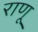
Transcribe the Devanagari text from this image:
राणू